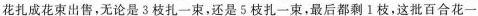
花扎成花束出售，无论是3枝扎一束，还是5枝扎一束，最后都剩Ⅰ枝，这批百合花一